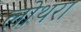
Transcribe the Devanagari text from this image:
लोथरा